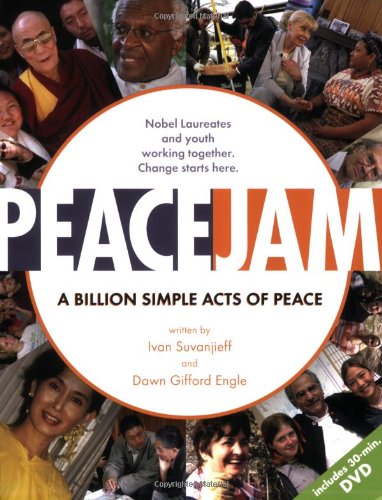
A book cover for PeaceJam: A Billion Simple Acts of Peace (W/DVD); Ivan Suvanjieff; Teen & Young Adult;